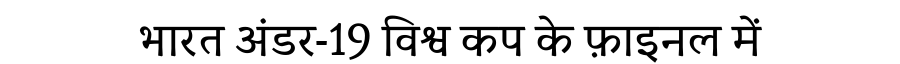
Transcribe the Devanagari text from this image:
भारत अंडर-19 विश्व कप के फ़ाइनल में